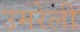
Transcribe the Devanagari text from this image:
उमरेली